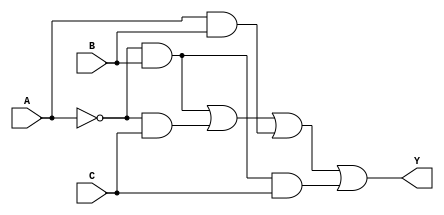
module essential_prime_implicants (
    input wire A,  // Input variable A
    input wire B,  // Input variable B
    input wire C,  // Input variable C
    output wire Y  // Output representing the Boolean function
);

// Internal signals for minterms
wire m1, m2, m3, m5, m6;

// Define the minterms based on the truth table
assign m1 = (~A & ~B & C);   // A'B'C
assign m2 = (~A & B & ~C);   // A'BC'
assign m3 = (~A & B & C);    // A'BC
assign m5 = (A & B & ~C);     // AB'C'
assign m6 = (A & B & C);      // ABC

// Essential Prime Implicants (EPI) based on the given minterms
// For this example, let's say the essential prime implicants we found are:
// EPI1 = A'B + A'C
// EPI2 = AB
// EPI3 = A'BC

// Implement the output logic using the identified essential prime implicants
// Y = EPI1 + EPI2 + EPI3
assign Y = ((~A & B) | (~A & C)) | (A & B) | ((~A & B & C));

endmodule